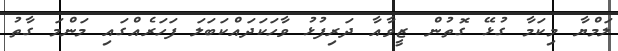
ލަމްޔާ މިކަމާ ގުޅޭ ގޮތުން ޒީވާއާ ދަރިފުޅު ވާހަކަދައްކަބަލަ ފަހަރެއްގައި މަންމަ ގާތު